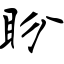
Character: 盼